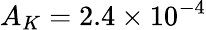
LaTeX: A_{K}=2.4\times 10^{-4}